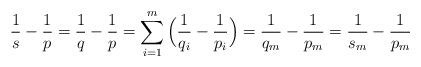
LaTeX: \begin{align*}\frac 1s-\frac 1{p}=\frac 1{q}-\frac 1{p}=\sum_{i=1}^m \Big(\frac1{q_i}-\frac1{p_i}\Big)=\frac1{q_m}-\frac1{p_m}=\frac 1{s_m}-\frac 1{p_m}\end{align*}